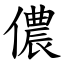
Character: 儂